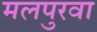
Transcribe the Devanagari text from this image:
मलपुरवा